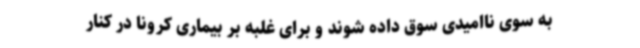
به سوی ناامیدی سوق داده شوند و برای غلبه بر بیماری کرونا در کنار